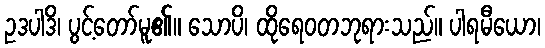
ဥဒပါဒိ၊ ပွင့်တော်မူ၏။ သောပိ၊ ထိုရေဝတဘုရားသည်။ ပါရမီယော၊